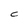
Character: C